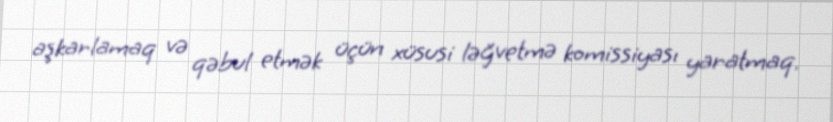
aşkarlamaq və qəbul etmək üçün xüsusi ləğvetmə komissiyası yaratmaq.